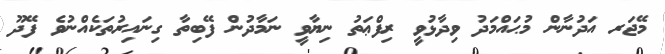
މޭޖަރ އަދުނާން މުޙައްމަދު ވިދާޅުވީ ރިފްޢަތު ނިޔާވީ ނަމާދުން ފޭބިތާ ގިނައިރުތަކެއްނުވެ ފޭދޫ